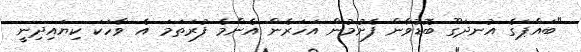
"ބައްޕަގެ އުނދަގޫ ބޮޑުވާން ފެށުމުން އަހަރެން އެންމެ ފުރަތަމަ އެ ވާހަކަ ކިޔައިދިނީ